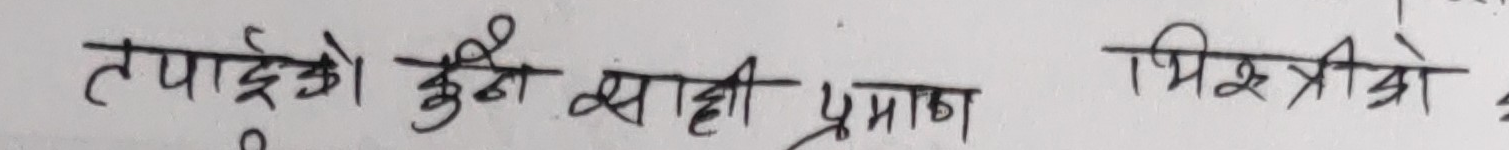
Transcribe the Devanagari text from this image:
तपाईंको कुनै सही प्रमाण मिश्रियो